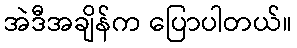
အဲဒီအချိန်က ပြောပါတယ်။